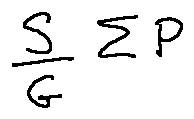
\frac { S } { G } \sum P